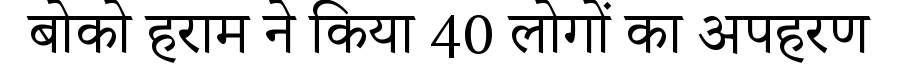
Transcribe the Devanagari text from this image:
बोको हराम ने किया 40 लोगों का अपहरण